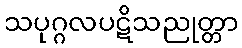
သပုဂ္ဂလပဋိသညုတ္တာ